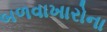
બળવાખારોના